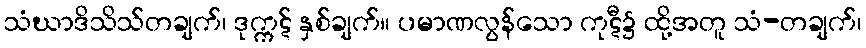
သံဃာဒိသိသ်တချက်၊ ဒုက္ကဋ် နှစ်ချက်။ ပမာဏလွန်သော ကုဋီ၌ ထို့အတူ သံ-တချက်၊